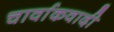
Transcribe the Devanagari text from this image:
चार्वाकवादी